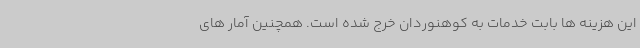
این هزینه ها بابت خدمات به کوهنوردان خرج شده است. همچنین آمار های